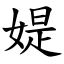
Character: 媞